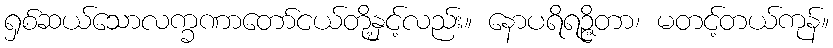
ရှစ်ဆယ်သောလက္ခဏာတော်ငယ်တို့နှင့်လည်း။ နောပရိရဉ္ဇိတာ၊ မတင့်တယ်ကုန်။